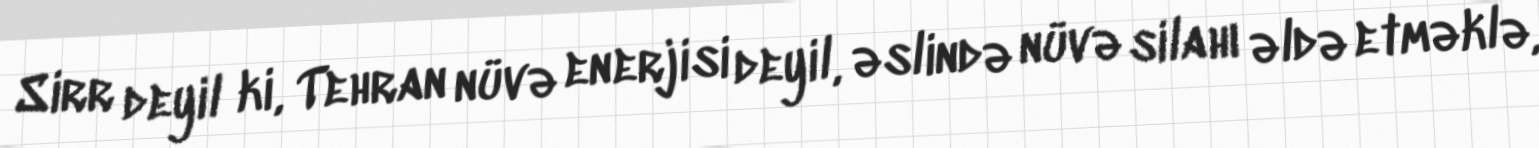
Sirr deyil ki, Tehran nüvə enerjisi deyil, əslində nüvə silahı əldə etməklə,